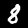
Digit: 8